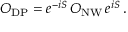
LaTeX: O _ { \mathrm { D P } } = e ^ { - i S } \, O _ { \mathrm { N W } } \, e ^ { i S } \, .